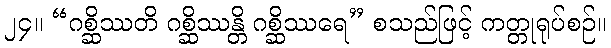
၂၄။ “ဂစ္ဆိဿတိ ဂစ္ဆိဿန္တိ ဂစ္ဆိဿရေ” စသည်ဖြင့် ကတ္တုရုပ်စဉ်။